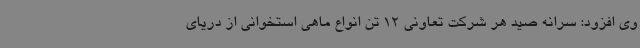
وی افزود: سرانه صید هر شرکت تعاونی 12 تن انواع ماهی استخوانی از دریای